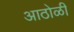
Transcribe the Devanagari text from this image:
आठोळी